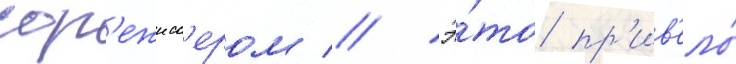
сор'ежисс'ером // Э́то пр'ив'ело́